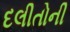
દલીતોની